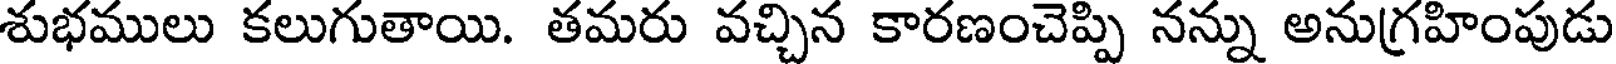
శుభములు కలుగుతాయి. తమరు వచ్చిన కారణంచెప్పి నన్ను అనుగ్రహింపుడు